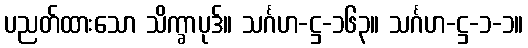
ပညတ်ထားသော သိက္ခာပုဒ်။ သင်္ဂဟ-ဋ္ဌ-၁၆၃။ သင်္ဂဟ-ဋ္ဌ-၁-၁။